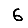
Digit: 6